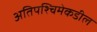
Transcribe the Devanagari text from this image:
अतिपश्चिमेकडील